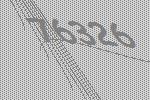
76326